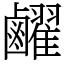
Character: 䴞